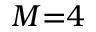
M { = } 4